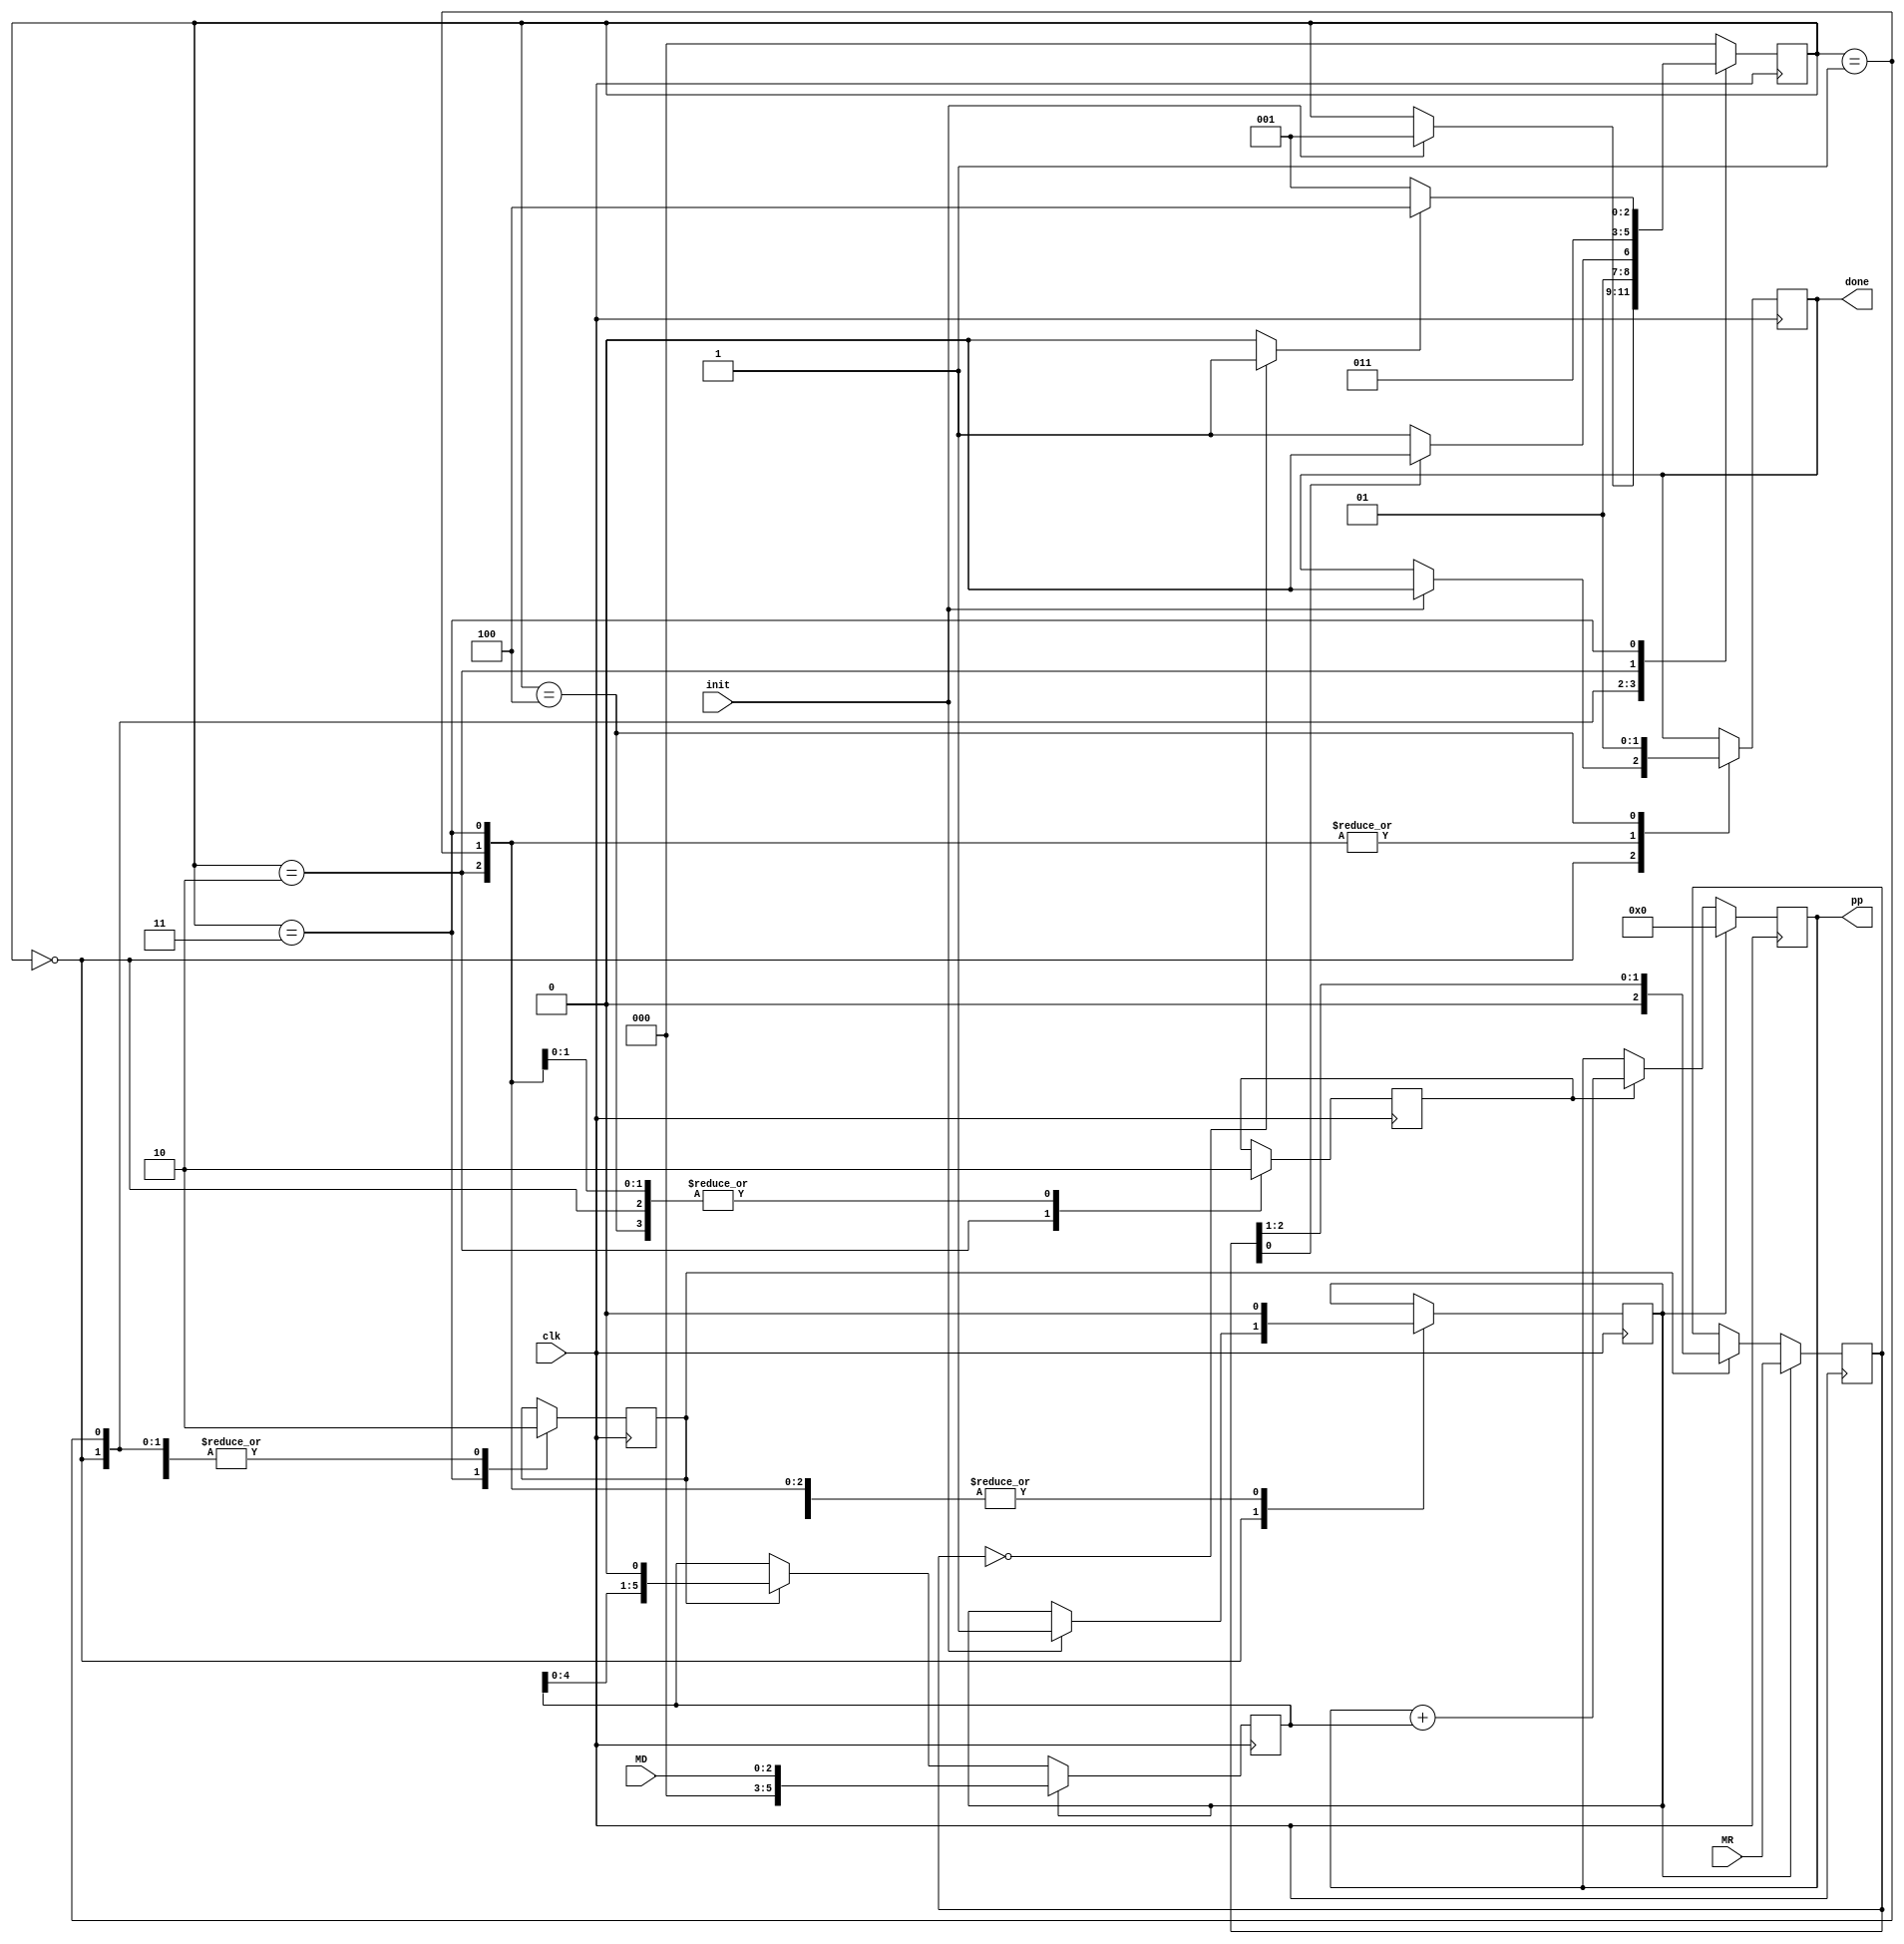
`timescale 1ns / 1ps
//////////////////////////////////////////////////////////////////////////////////
// Company: 
// Engineer: 
// 
// Design Name: 
// Module Name:    multiplicador 
// Project Name: 
// Target Devices: 
// Tool versions: 
// Description: 
//
// Dependencies: 
//
// Revision: 
// Revision 0.01 - File Created
// Additional Comments: 
//
//////////////////////////////////////////////////////////////////////////////////
module multiplicador( input [2:0] MR, 
							 input [2:0] MD, 
							input init, 
							 input clk,  
							 output reg [5:0] pp, 
							 output reg done
    );

reg sh;
reg rst;
reg add;
reg [5:0] A;
reg [2:0] B;
wire z;

reg [2:0] status =0;

// bloque comparador 
assign z=(B==0)?1:0;


//bloques de registros de desplazamiento para A y B
always @(posedge clk) begin
   
	if (rst) begin
		A = {3'b000,MD};
		B = MR;
	end
	else	begin 
		if (sh) begin
			A= A << 1;
			B = B >> 1;
		end
	end

end 

//bloque de add pp
always @(posedge clk) begin
   
	if (rst) begin
		pp =0;
	end
	else	begin 
		if (add) begin
		pp =pp+A;
		end
	end

end

// FSM 
parameter START =0,  CHECK =1, ADD =2, SHIFT =3, END1 =4;

always @(posedge clk) begin
	case (status)
	START: begin
		sh=0;
		add=0;
		if (init) begin
			status=CHECK;
			done =0;
			rst=1;
		end
		end
	CHECK: begin 
		done=0;
		rst=0;
		sh=0;
		add=0;
		if (B[0]==1)
			status=ADD;
		else
			status=SHIFT;
		end
	ADD: begin
		done=0;
		rst=0;
		sh=0;
		add=1;
		status=SHIFT;
		end
	SHIFT: begin
		done=0;
		rst=0;
		sh=1;
		add=0;
		if (z==1)
			status=END1;
		else
			status=CHECK;
		end
	END1: begin
		done =1;
		rst =0;
		sh =0;
		add =0;
		status =START;
	end
	 default:
		status =START;
	endcase 
	
end 


endmodule